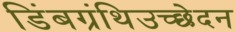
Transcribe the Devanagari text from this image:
डिंबग्रंथिउच्छेदन